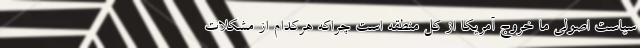
سیاست اصولی ما خروج آمریکا از کل منطقه است چراکه هرکدام از مشکلات